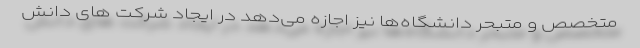
متخصص و متبحر دانشگاه‌‌ها نیز اجازه می‌‌دهد در ایجاد شرکت های دانش